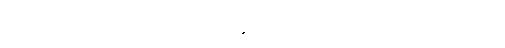
ပေါ်လာတဲ့ အခွင့်အရေးကို အမိအရယူရလိမ့်မယ်၊ ထထကြွကြွ